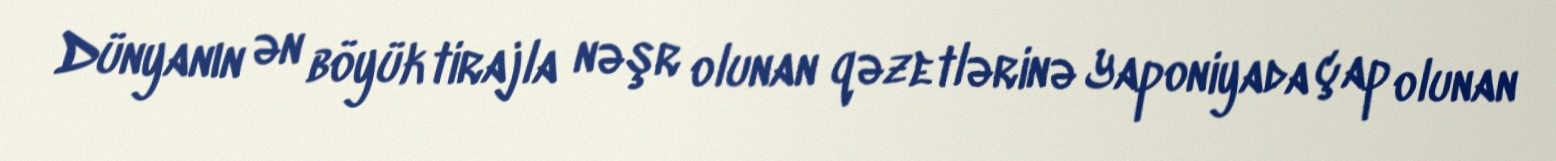
Dünyanın ən böyük tirajla nəşr olunan qəzetlərinə Yaponiyada çap olunan